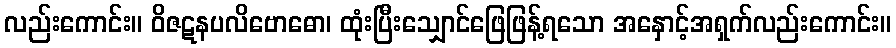
လည်းကောင်း။ ဝိဇဋနပလိဗောဓော၊ ထုံးပြီးသျှောင်ဖြေဖြန့်ရသော အနှောင့်အရှက်လည်းကောင်း။